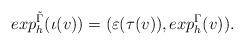
LaTeX: \begin{align*}exp_{h}^{\tilde{\Gamma}}(\iota(v)) = (\varepsilon(\tau(v)), exp_{h}^{\Gamma}(v)).\end{align*}